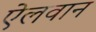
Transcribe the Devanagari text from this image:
ऐलवान